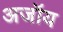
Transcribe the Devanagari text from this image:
अजॉय